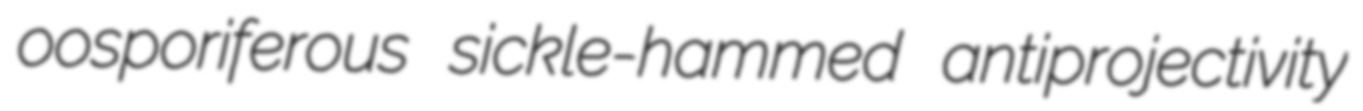
oosporiferous sickle-hammed antiprojectivity